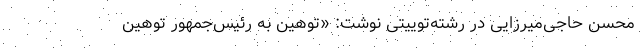
محسن حاجی‌میرزایی در رشته‌توییتی نوشت: «توهین به رئیس‌جمهور توهین